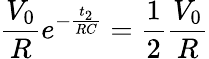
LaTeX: \frac{V_{0}}{R}e^{-\frac{t_{2}}{RC}}=\frac{1}{2}\frac{V_{0}}{R}